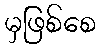
မှဖြစ်စေ